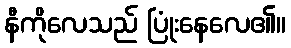
နီကိုလေသည် ပြုံးနေလေ၏။